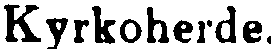
Kyrkoherde.